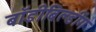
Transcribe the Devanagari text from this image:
बॉडीबिल्डींग